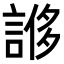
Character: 𧩀